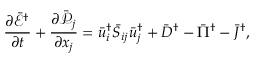
\frac { { \partial { { \bar { \mathcal E } } ^ { \dag } } } } { { \partial t } } + \frac { { \partial { { \bar { \mathcal P } } _ { j } } } } { { \partial { x _ { j } } } } = \bar { u } _ { i } ^ { \dag } { { \bar { S } } _ { i j } } \bar { u } _ { j } ^ { \dag } + { { \bar { D } } ^ { \dag } } - { { \bar { \Pi } } ^ { \dag } } - { { \bar { J } } ^ { \dag } } ,